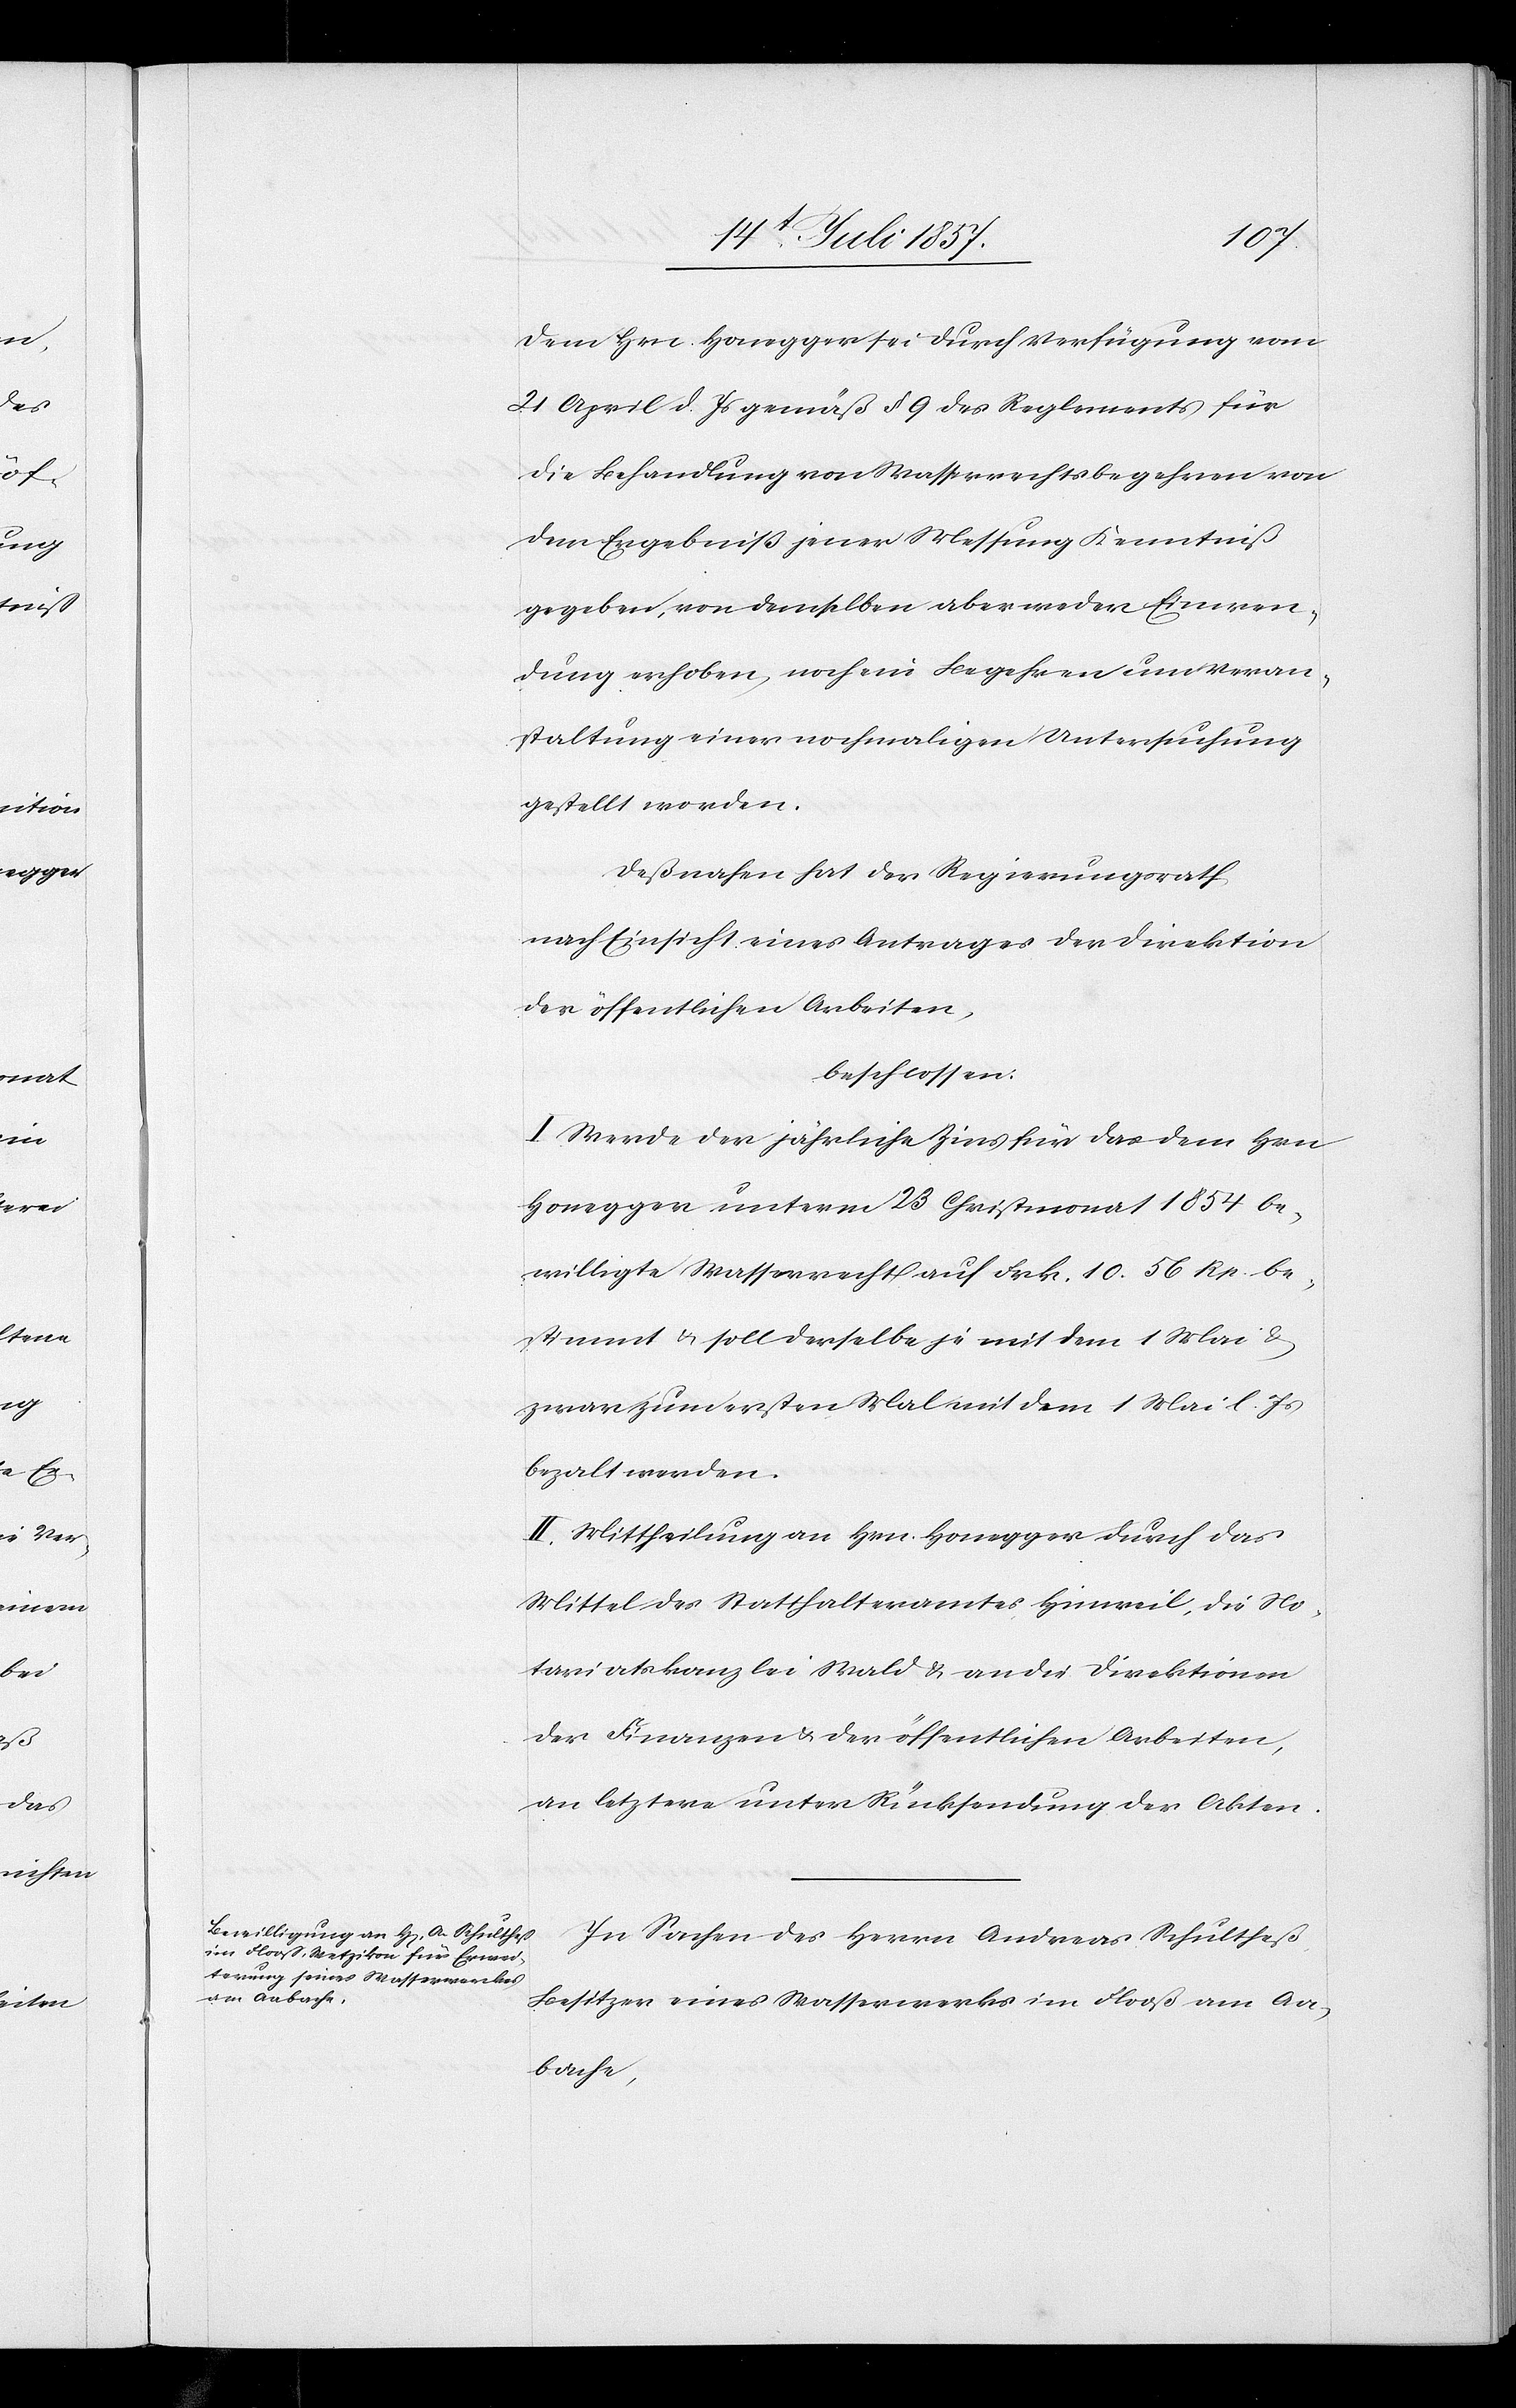
dem Hrn. Honegger sei durch Verfügung vom
21 April d. Js. gemäß § 9 des Reglements für
die Behandlung von Wassserrechtsbegehren von
dem Ergebniß jener Messung Kenntniß
gegeben, von demselben aber weder Einwen¬
dung erhoben, noch ein Begehren um Veran¬
staltung einer nochmaligen Untersuchung
gestellt worden.
Deßnahen hat der Regierungsrath,
nach Einsicht eines Antrages der Direktion
der öffentlichen Arbeiten,
beschlossen:
I. Werde der jährliche Zins für das dem Hrn.
Honegger unterm 26 Christmonat 1854 be¬
willigte Wasserrecht auf Frk. 10. 56 Rp. be¬
stimmt & soll derselbe je mit dem 1 Mai &
zwar zum ersten Mal mit dem 1 Mai l. Js.
bezahlt werden.
II. Mittheilung an Hrn. Honegger durch das
Mittel des Statthalteramtes Hinweil, die No¬
tariatskanzlei bei Wald & an die Direktion
der Finanzen & der öffentlichen Arbeiten,
an letztere unter Rücksendung der Akten.
In Sachen des Herren Andreas Schultheß,
Besitzer eines Wasserwerkes im Mooß am Aa¬
bache,